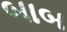
બાબ